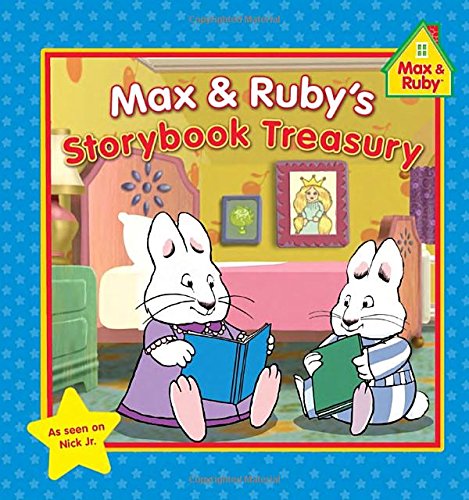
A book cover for Max & Ruby's Storybook Treasury (Max and Ruby); Grosset & Dunlap; Children's Books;